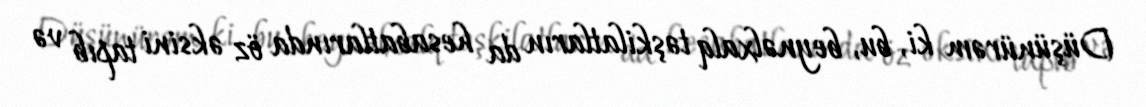
Düşünürəm ki, bu, beynəlxalq təşkilatların da hesabatlarında öz əksini tapıb və